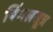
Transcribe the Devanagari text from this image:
पिंगलसूत्र